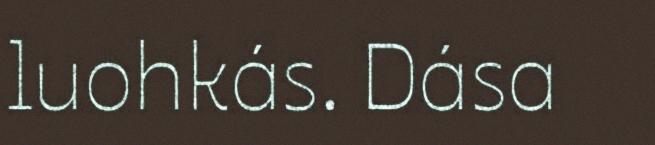
luohkás. Dása